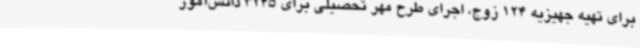
برای تهیه جهیزیه 124 زوج، اجرای طرح مهر تحصیلی برای 3245 دانش‌آموز